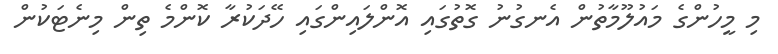
މި މީހުންގެ މައުލޫމާތުން އެނގުނު ގޮތުގައި އޮންލައިންގައި ހޭދަކުރާ ކޮންމެ ތިން މިނެޓަކުން